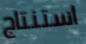
استنتاج